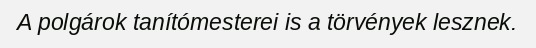
A polgárok tanítómesterei is a törvények lesznek.